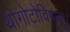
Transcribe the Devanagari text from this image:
थोगोटोविषाणु।